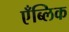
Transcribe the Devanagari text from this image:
एँब्लिक